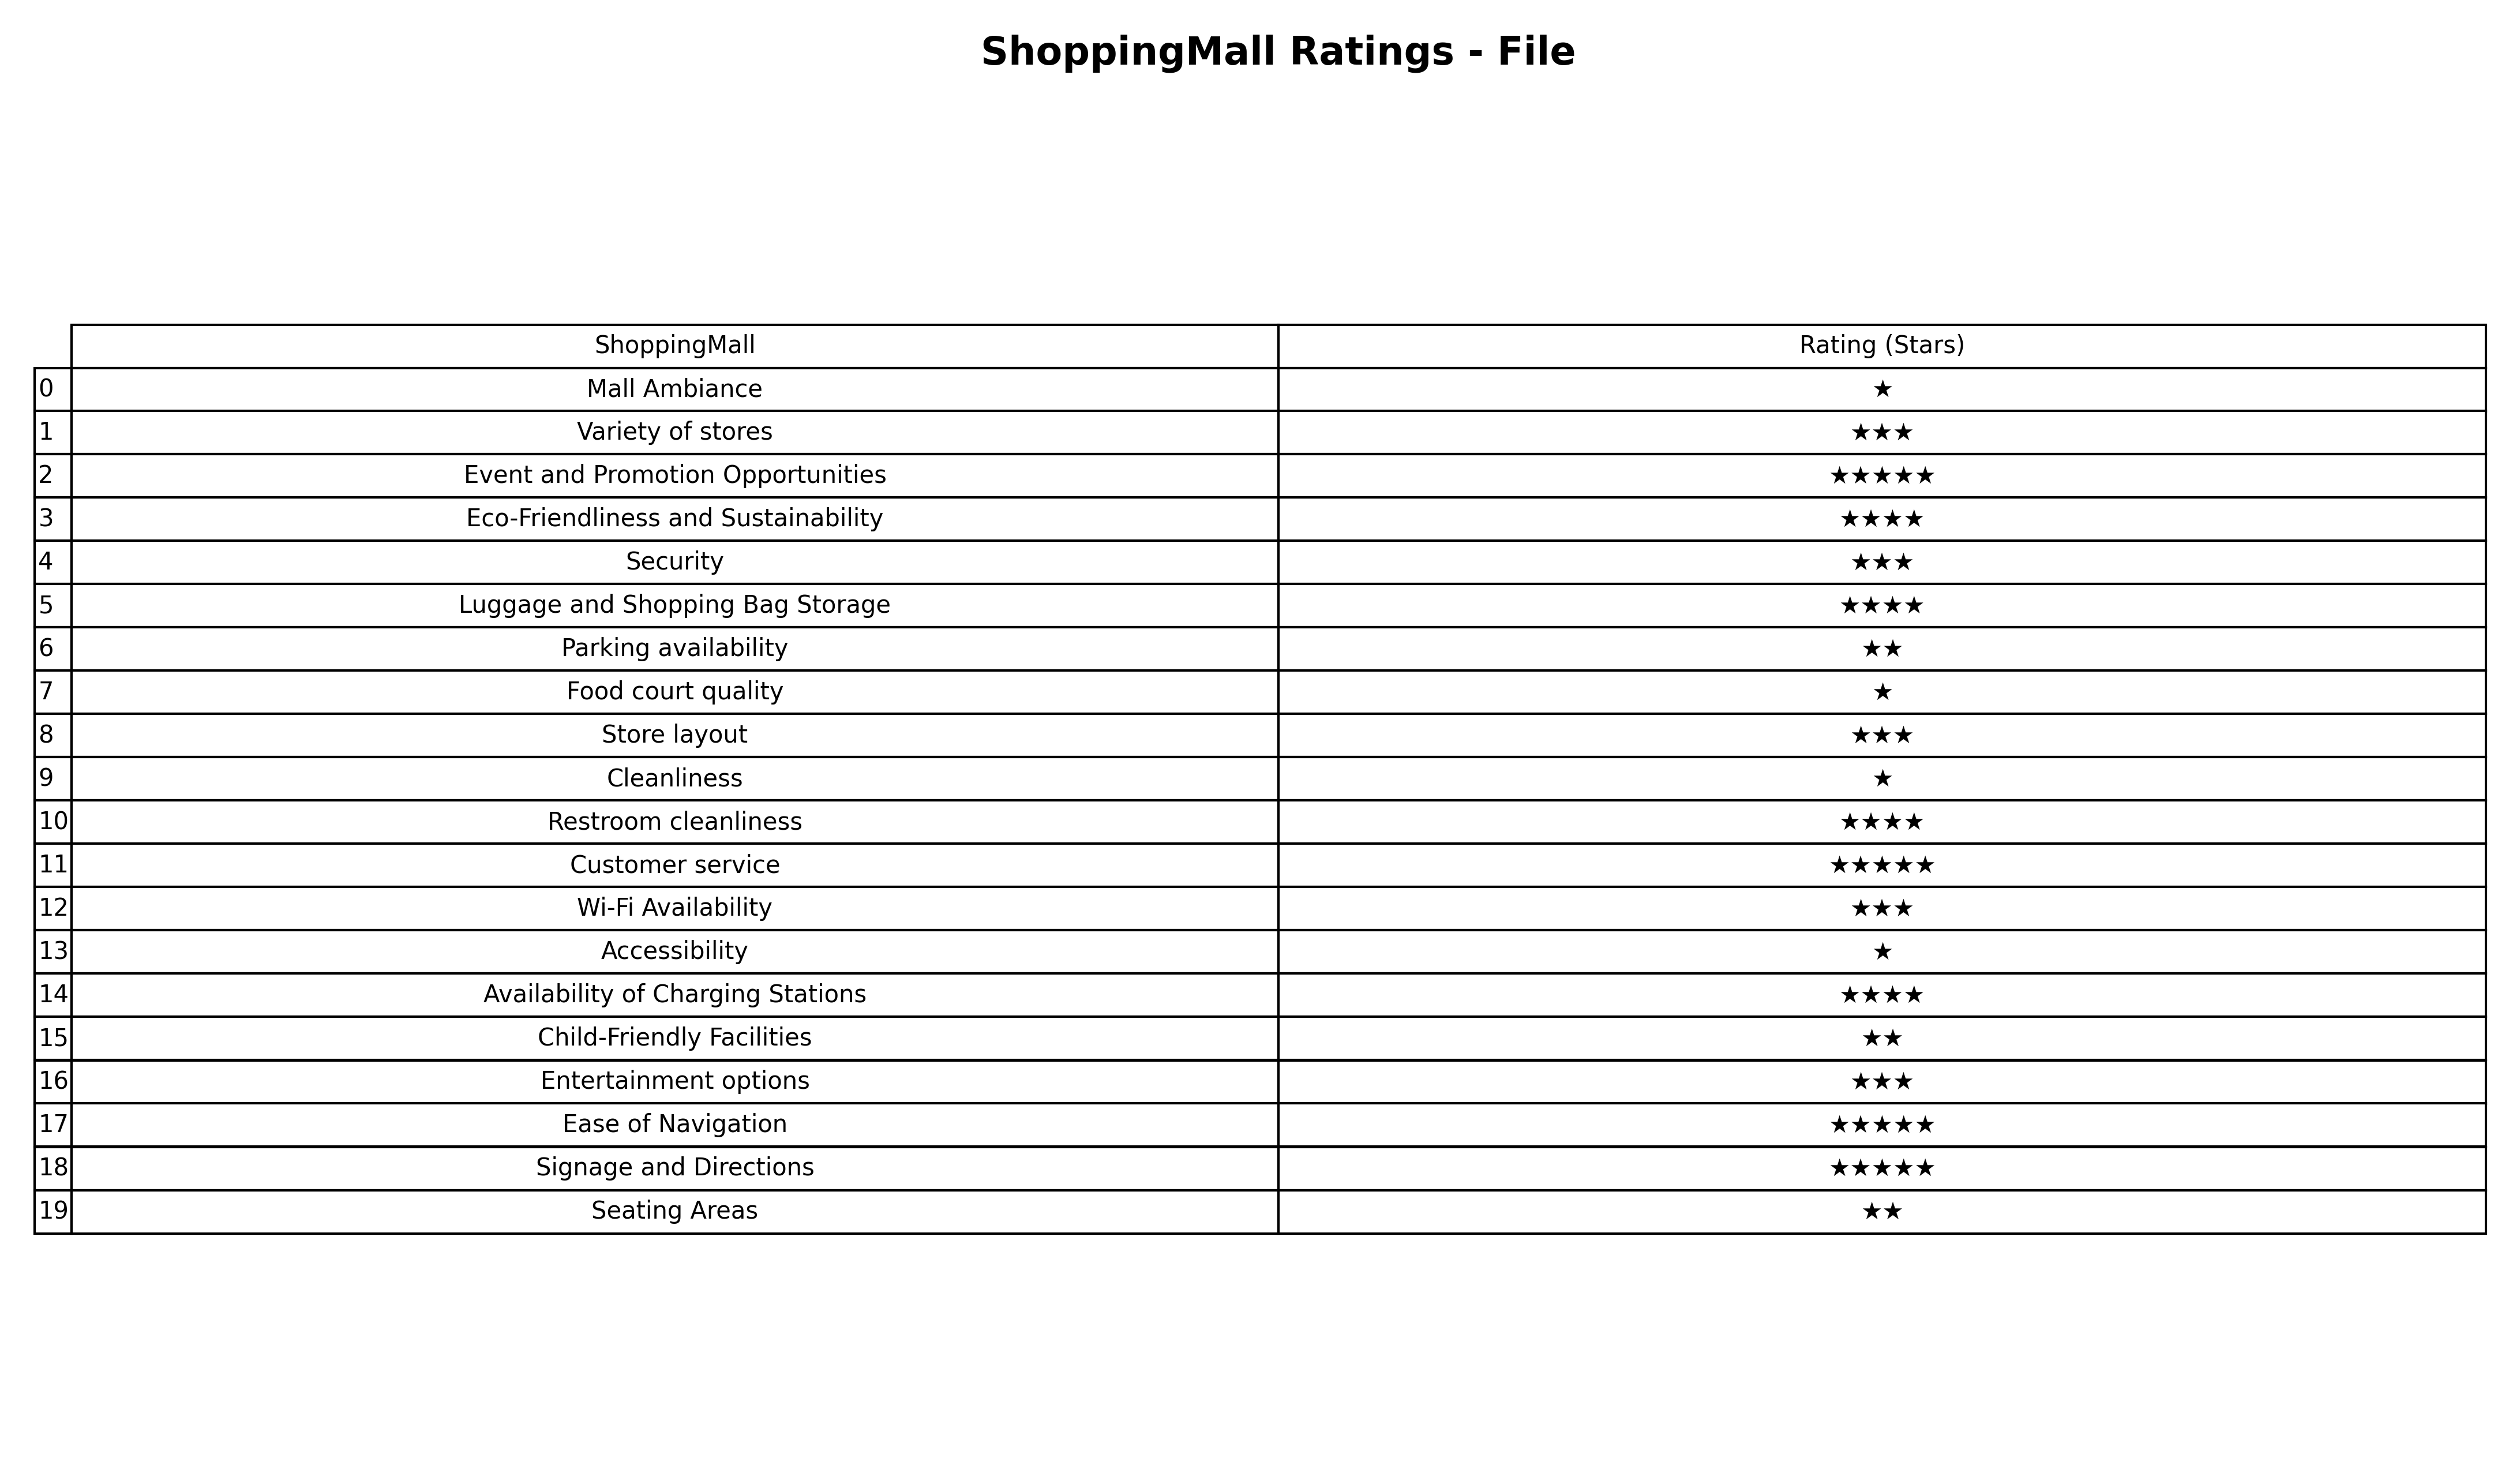
question: What is the rating of Entertainment options?
answer: ★★★